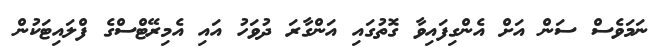
ނަމަވެސް ސަން އަށް އެންގިފައިވާ ގޮތުގައި އަންގާރަ ދުވަހު އައި އެމިރޭޓްސްގެ ފްލައިޓަކުން